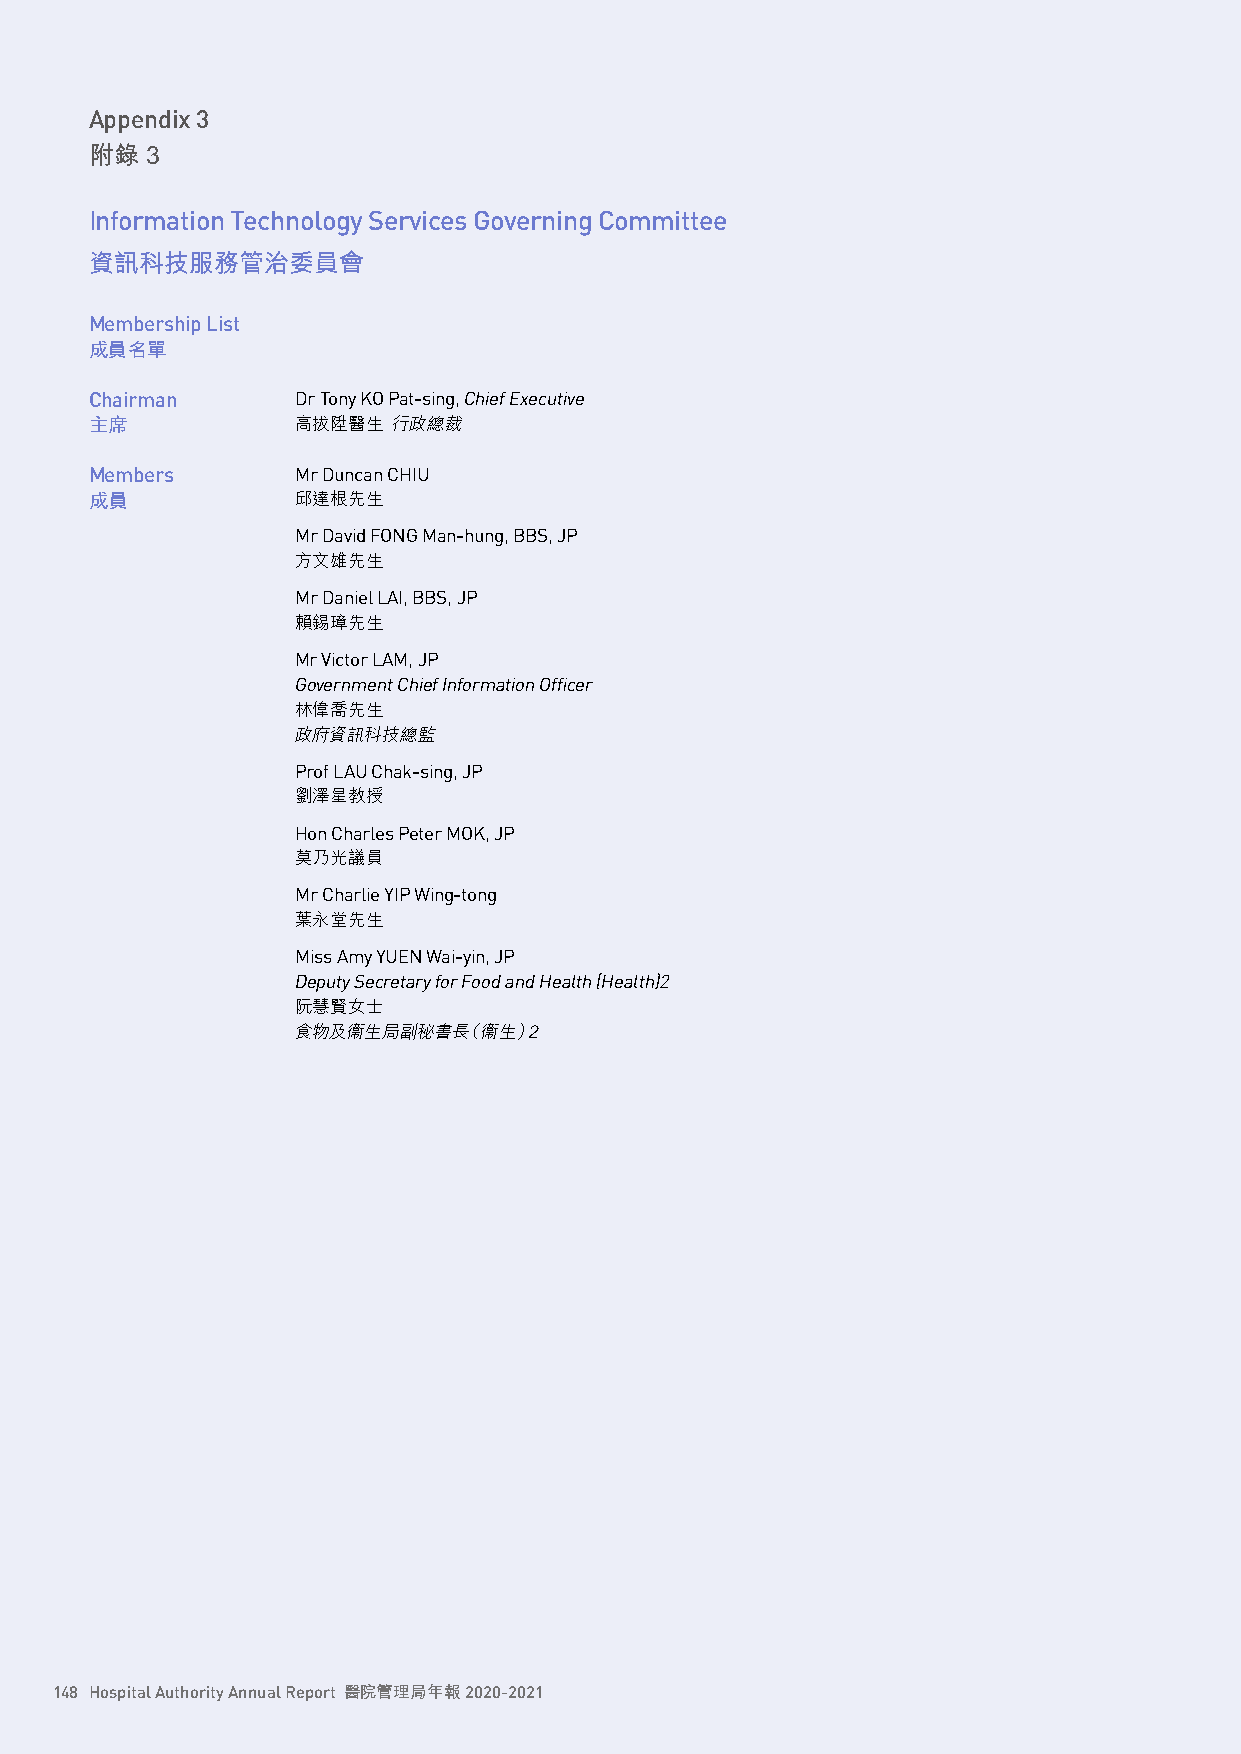
Appendix 3
 附錄  3
 Information Technology Services Governing Committee
 資訊科技服務管治委員會
 Membership List
 成員名單
 Chairman      Dr Tony KO Pat-sing, Chief Executive
 主席            高拔陞醫生 行政總裁
 Members       Mr Duncan CHIU
 成員            邱達根先生
 Mr David FONG Man-hung, BBS, JP
 方文雄先生
 Mr Daniel LAI, BBS, JP
 賴錫璋先生
 Mr Victor LAM, JP
 Government Chief Information Officer
 林偉喬先生
 政府資訊科技總監
 Prof LAU Chak-sing, JP
 劉澤星教授
 Hon Charles Peter MOK, JP
 莫乃光議員
 Mr Charlie YIP Wing-tong
 葉永堂先生
 Miss Amy YUEN Wai-yin, JP
 Deputy Secretary for Food and Health (Health)2
 阮慧賢女士
 食物及衞生局副秘書長（衞生）2
 148 Hospital Authority Annual Report 醫院管理局年報 2020-2021